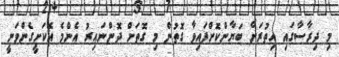
މި ދިރާސާގައި އިތުރަށް ބަޔާންކޮށްފައިވާ ގޮތުން މި ގޮތަށް ދޮންނައިރު އެންމެ އެކަށީގެންވަނީ